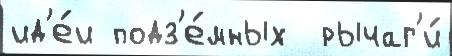
ид'е́и подз'е́мных  рычаг'и́